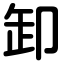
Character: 卸